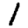
Digit: 1